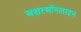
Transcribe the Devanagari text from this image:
अक्षरऑनलाइन